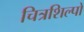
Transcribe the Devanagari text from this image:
चित्रशिल्पों